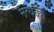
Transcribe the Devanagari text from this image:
मत्यक्य